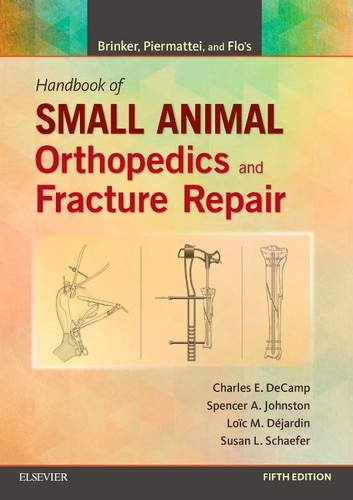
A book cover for Brinker, Piermattei and Flo's Handbook of Small Animal Orthopedics and Fracture Repair, 5e; Charles E. DeCamp DVM; Medical Books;